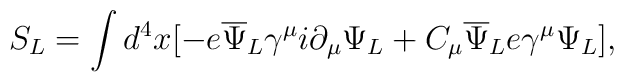
S_L= \int d^4x [-e{\overline\Psi}_L\gamma^\mu i\partial_\mu\Psi_L+ C_\mu{\overline\Psi}_L e\gamma^\mu \Psi_L],